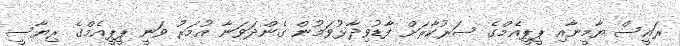
ރައީސް ޔާމީނާއި ޕީޕީއެމްގެ ސަރުކާރަށް ފާޑުވިދާޅުވަމުން ގެންދަވަނާ އުމަރު ވަނީ ޕީޕީއެމްގެ ރިޔާސީ